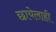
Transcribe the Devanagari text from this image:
छायेलाही